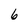
Character: 6